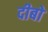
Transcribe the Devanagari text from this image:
दीबो